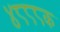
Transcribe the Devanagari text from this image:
४८८८क